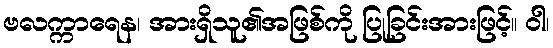
ဗလက္ကာရေန၊ အားရှိသူ၏အဖြစ်ကို ပြုခြင်းအားဖြင့်။ ဝါ၊